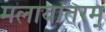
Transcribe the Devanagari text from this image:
मलायांतरम्‌